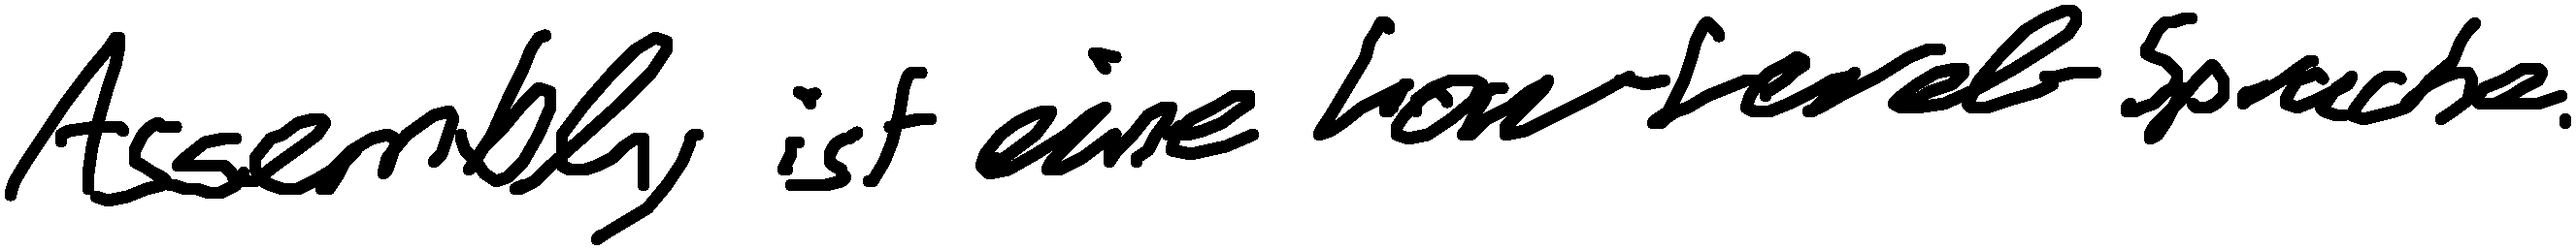
Assembly ist eine Low-Level-Sprache.